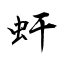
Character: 虷